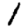
Digit: 1